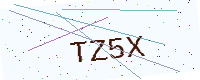
Text: TZ5X